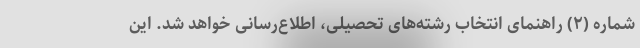
شماره (۲) راهنمای انتخاب رشته‌های تحصیلی، اطلاع‌رسانی خواهد شد. این